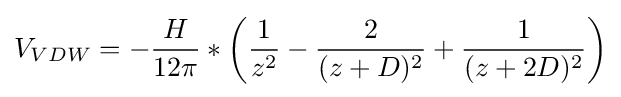
V_{VDW}=-{H \over 12\pi }*\left({1 \over z^{2}}-{2 \over (z+D)^{2}}+{1 \over (z+2D)^{2}}\right)